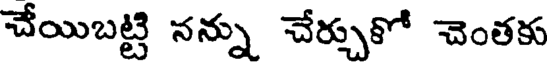
చేయిబట్టి నన్ను చేర్చుకో చెంతకు